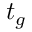
t _ { g }